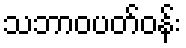
သဘာဝပတ်ဝန်း